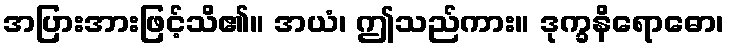
အပြားအားဖြင့်သိ၏။ အယံ၊ ဤသည်ကား။ ဒုက္ခနိရောဓော၊